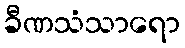
ခီဏသံသာရော